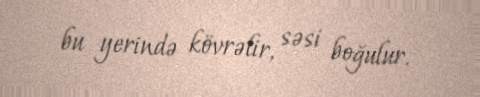
bu yerində kövrəlir, səsi boğulur.